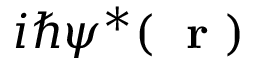
i \hbar \psi ^ { * } ( \mathrm { ~ \bf ~ r ~ } )